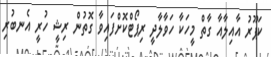
ކަޕޫރު އާއިލާއާ ގާތް މީހަކާ ހަވާލާދީ ރިޕޯޓްކޮށްފައިވާ ގޮތުން ރިޝީ ހުރީ އެނބުރި